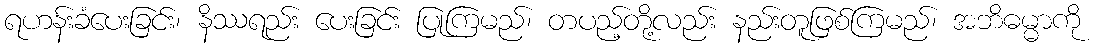
ရဟန်းခံပေးခြင်း၊ နိဿရည်း ပေးခြင်း ပြုကြမည်၊ တပည့်တို့လည်း နည်းတူဖြစ်ကြမည်၊ အဘိဓမ္မာကို